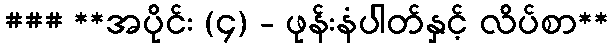
### **အပိုင်း (၄) - ဖုန်းနံပါတ်နှင့် လိပ်စာ**